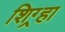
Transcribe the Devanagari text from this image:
शिग्र्हा